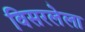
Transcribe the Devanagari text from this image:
विसरलेला